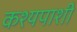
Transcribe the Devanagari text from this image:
कश्यपाशी